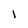
Character: 1